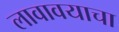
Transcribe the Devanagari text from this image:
लावावयाचा